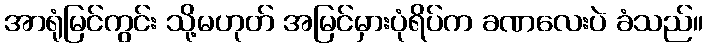
အာရုံမြင်ကွင်း သို့မဟုတ် အမြင်မှားပုံရိပ်က ခဏလေးပဲ ခံသည်။